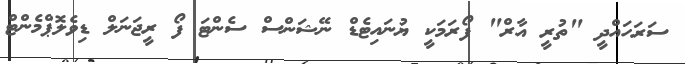
ސަރަހައްދީ "ތުރީ އާރް" ފޯރަމަކީ ޔުނައިޓެޑް ނޭޝަންސް ސެންޓަ ފޯ ރީޖަނަލް ޑިވެލޮޕްމެންޓް